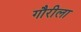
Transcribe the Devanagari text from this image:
गौरीला